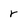
Character: r